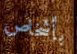
بأشخاص